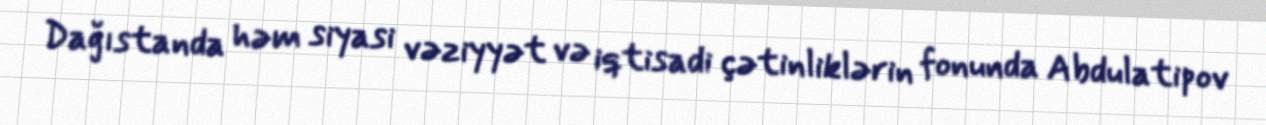
Dağıstanda həm siyasi vəziyyət və iqtisadi çətinliklərin fonunda Abdulatipov